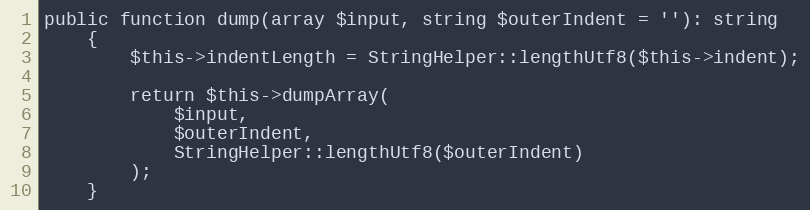
Language: PHP
public function dump(array $input, string $outerIndent = ''): string
    {
        $this->indentLength = StringHelper::lengthUtf8($this->indent);

        return $this->dumpArray(
            $input,
            $outerIndent,
            StringHelper::lengthUtf8($outerIndent)
        );
    }